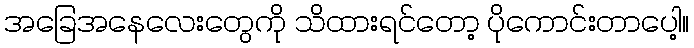
အခြေအနေလေးတွေကို သိထားရင်တော့ ပိုကောင်းတာပေါ့။